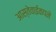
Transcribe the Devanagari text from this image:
आस्तेवाईकपने